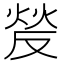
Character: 𰞵